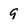
Character: 9